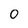
Character: 0